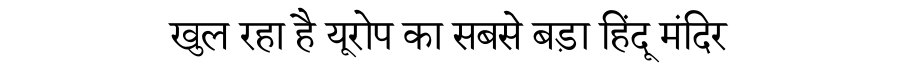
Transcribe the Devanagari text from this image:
खुल रहा है यूरोप का सबसे बड़ा हिंदू मंदिर